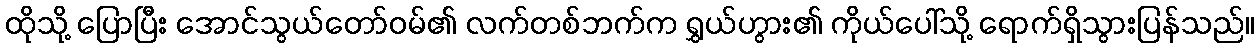
ထိုသို့ ပြောပြီး အောင်သွယ်တော်ဝမ်၏ လက်တစ်ဘက်က ရွှယ်ဟွား၏ ကိုယ်ပေါ်သို့ ရောက်ရှိသွားပြန်သည်။